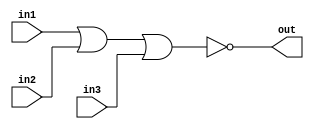
/*
    CS/ECE 552 Spring '23
    Homework #1, Problem 1

    3 input NOR
*/
`default_nettype none
module nor3 (out,in1,in2,in3);
    output wire out;
    input wire  in1,in2,in3;
    assign out = ~(in1 | in2 | in3);
endmodule
`default_nettype wire